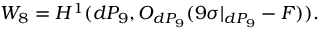
W _ { 8 } = H ^ { 1 } ( d P _ { 9 } , { \cal O } _ { d P _ { 9 } } ( 9 \sigma | _ { d P _ { 9 } } - F ) ) .